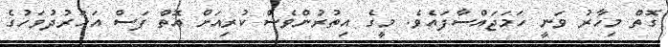
ގޮތް މިހާރު ވަނީ ހަމަޖައްސާފައެވެ. މީގެ އިތުރުންވެސް ކުރިއަށް އޮތް ފަސް އަހަރުދުވަހުގެ